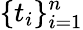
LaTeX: \{ t_{i}\} _{i=1}^{n}